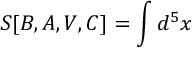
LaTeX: S [ B , A , V , C ] = \int d ^ { 5 } x